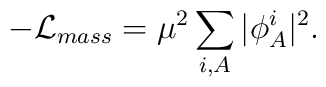
-{\cal L}_{mass}=\mu^2\sum_{i,A}\vert \phi_A^i \vert^2.